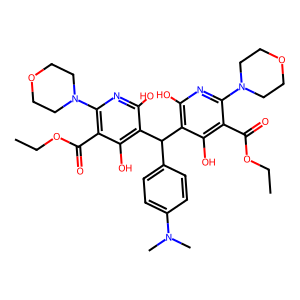
SMILES: CCOC(=O)c1c(N2CCOCC2)nc(O)c(C(c2ccc(N(C)C)cc2)c2c(O)nc(N3CCOCC3)c(C(=O)OCC)c2O)c1O
Inhibits HIV replication: No